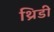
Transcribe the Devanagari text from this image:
थ्रिडी